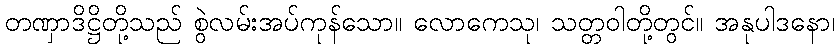
တဏှာဒိဋ္ဌိတို့သည် စွဲလမ်းအပ်ကုန်သော။ လောကေသု၊ သတ္တဝါတို့တွင်။ အနုပါဒနော၊